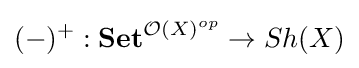
(-)^{+}:\mathbf {Set} ^{{\mathcal {O}}(X)^{op}}\to Sh(X)